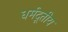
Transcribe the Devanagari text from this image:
धर्मदूतीय